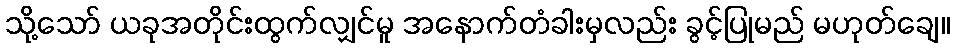
သို့သော် ယခုအတိုင်းထွက်လျှင်မူ အနောက်တံခါးမှလည်း ခွင့်ပြုမည် မဟုတ်ချေ။